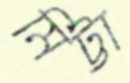
মিট্টা